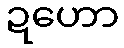
ဍဟော